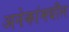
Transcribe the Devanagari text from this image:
अनेकांमधील